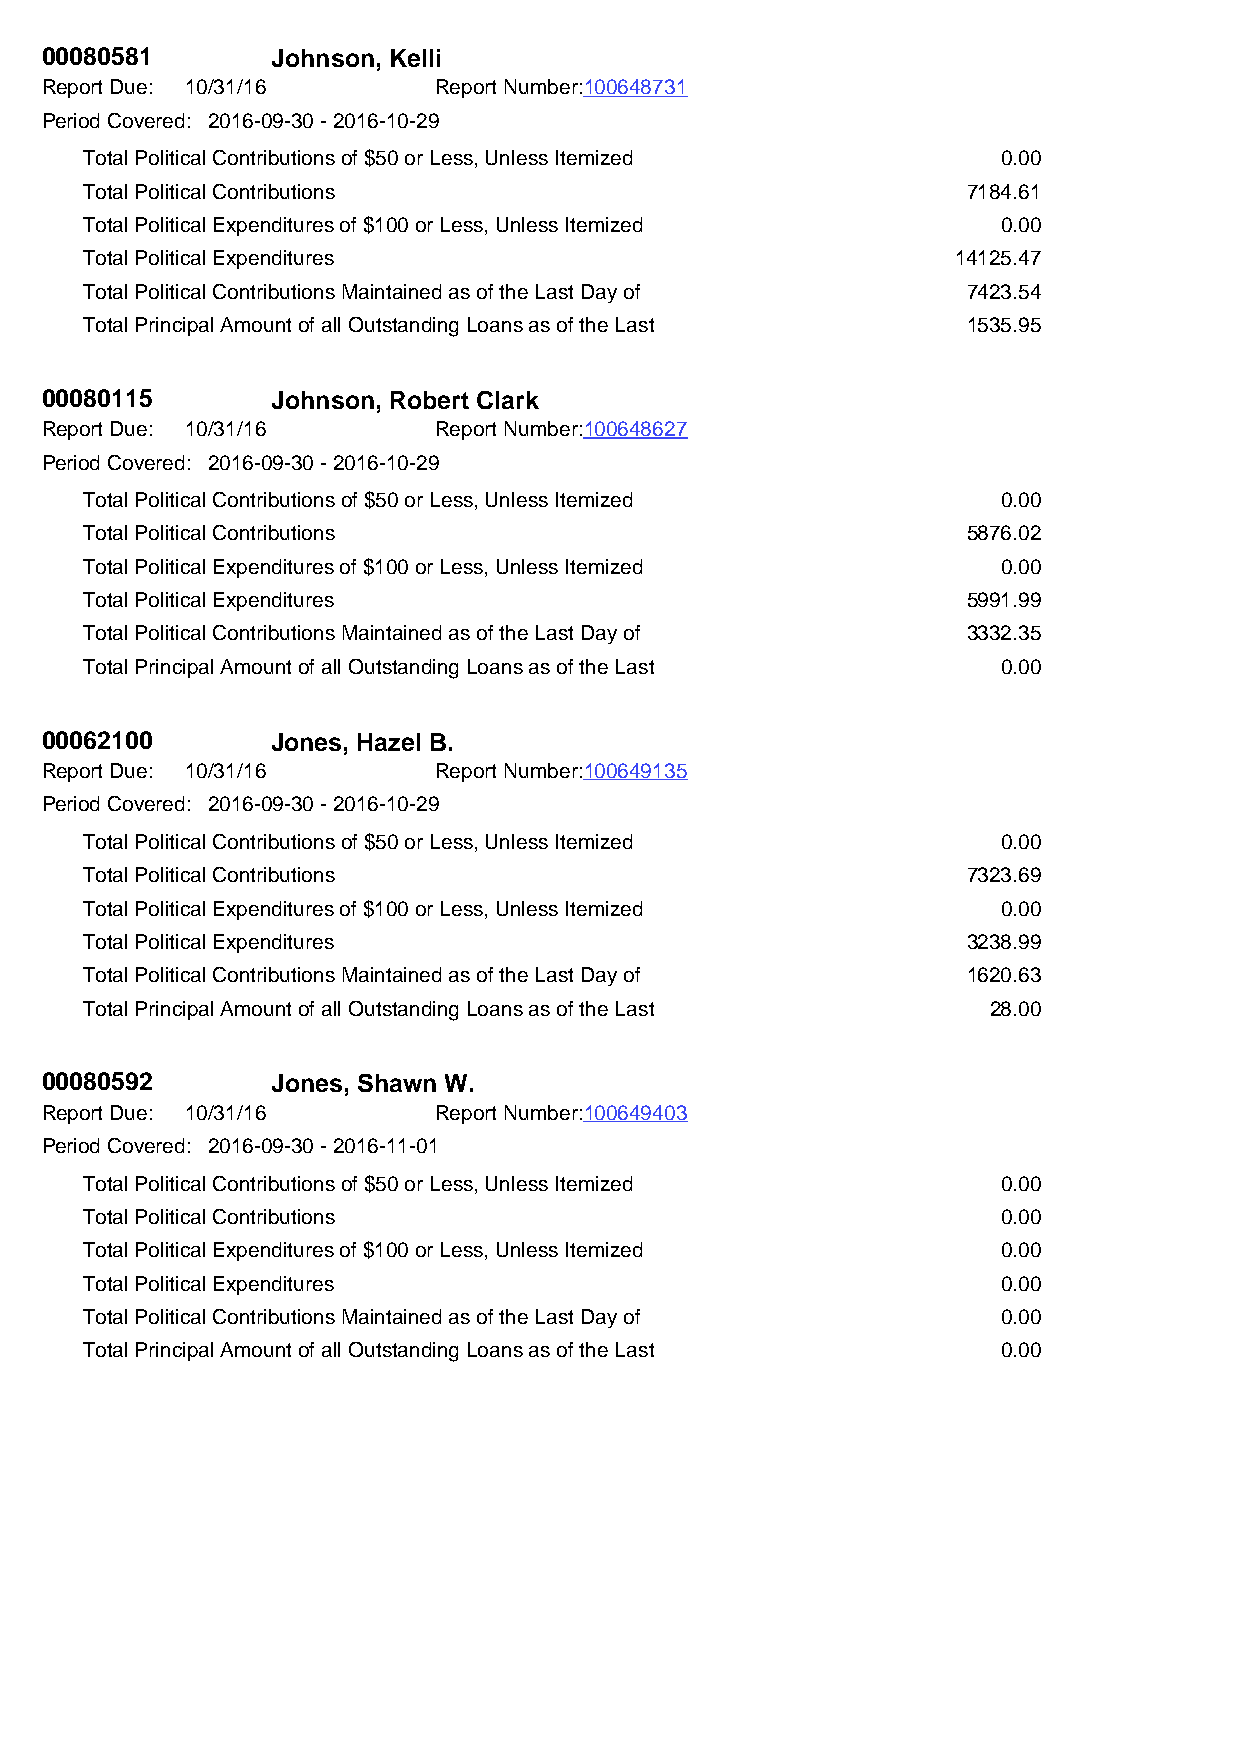
00080581       Johnson, Kelli
 Report Due: 10/31/16      Report Number:100648731
 Period Covered: 2016-09-30 - 2016-10-29
 Total Political Contributions of $50 or Less, Unless Itemized 0.00
 Total Political Contributions                             7184.61
 Total Political Expenditures of $100 or Less, Unless Itemized 0.00
 Total Political Expenditures                             14125.47
 Total Political Contributions Maintained as of the Last Day of 7423.54
 Total Principal Amount of all Outstanding Loans as of the Last 1535.95
 00080115       Johnson, Robert Clark
 Report Due: 10/31/16      Report Number:100648627
 Period Covered: 2016-09-30 - 2016-10-29
 Total Political Contributions of $50 or Less, Unless Itemized 0.00
 Total Political Contributions                             5876.02
 Total Political Expenditures of $100 or Less, Unless Itemized 0.00
 Total Political Expenditures                              5991.99
 Total Political Contributions Maintained as of the Last Day of 3332.35
 Total Principal Amount of all Outstanding Loans as of the Last 0.00
 00062100       Jones, Hazel B.
 Report Due: 10/31/16      Report Number:100649135
 Period Covered: 2016-09-30 - 2016-10-29
 Total Political Contributions of $50 or Less, Unless Itemized 0.00
 Total Political Contributions                             7323.69
 Total Political Expenditures of $100 or Less, Unless Itemized 0.00
 Total Political Expenditures                              3238.99
 Total Political Contributions Maintained as of the Last Day of 1620.63
 Total Principal Amount of all Outstanding Loans as of the Last 28.00
 00080592       Jones, Shawn W.
 Report Due: 10/31/16      Report Number:100649403
 Period Covered: 2016-09-30 - 2016-11-01
 Total Political Contributions of $50 or Less, Unless Itemized 0.00
 Total Political Contributions                               0.00
 Total Political Expenditures of $100 or Less, Unless Itemized 0.00
 Total Political Expenditures                                0.00
 Total Political Contributions Maintained as of the Last Day of 0.00
 Total Principal Amount of all Outstanding Loans as of the Last 0.00